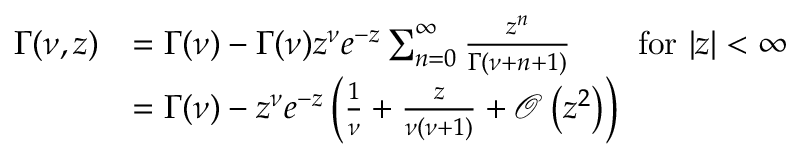
\begin{array} { r l } { \Gamma ( \nu , z ) } & { = \Gamma ( \nu ) - \Gamma ( \nu ) z ^ { \nu } e ^ { - z } \sum _ { n = 0 } ^ { \infty } \frac { z ^ { n } } { \Gamma ( \nu + n + 1 ) } \qquad \mathrm { f o r } \ | z | < \infty } \\ & { = \Gamma ( \nu ) - z ^ { \nu } e ^ { - z } \left( \frac { 1 } { \nu } + \frac { z } { \nu ( \nu + 1 ) } + \mathcal { O } \left( z ^ { 2 } \right) \right) } \end{array}